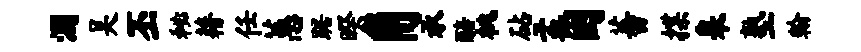
溷吴丕秘藉任蕙踞暌角承醅桃砧孟困蕃揲皋塾翰